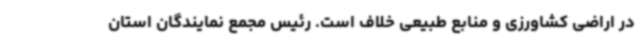
در اراضی کشاورزی و منابع طبیعی خلاف است. رئیس مجمع نمایندگان استان